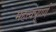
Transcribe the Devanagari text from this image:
महत्वपूर्ण्ण